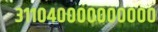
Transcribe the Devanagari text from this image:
३११०४००००००००००